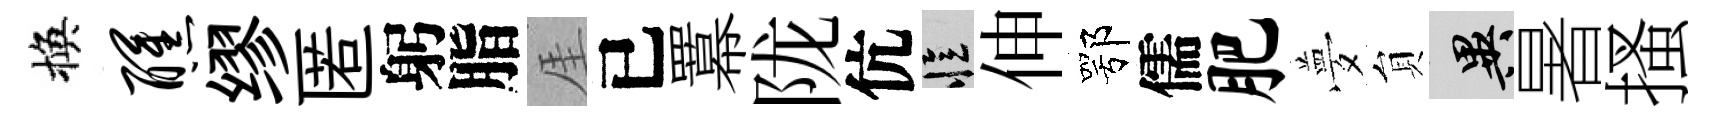
換醺缪匿躬脂厓已羃陇伉忆伸鄂儒肥夢貟异暑搔